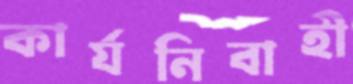
কার্যনিবাহী